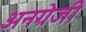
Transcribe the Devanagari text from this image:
अनग्रेजी